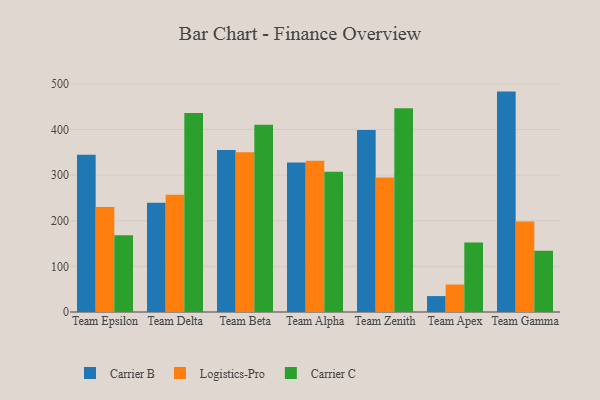
{"axis": {"x": "Team", "y": "Latency (ms)"}, "legend": ["Carrier B", "Carrier C", "Logistics-Pro"], "data": [{"x": "Team Epsilon", "y": 344.5, "type": "Carrier B"}, {"x": "Team Epsilon", "y": 230.3, "type": "Logistics-Pro"}, {"x": "Team Epsilon", "y": 168.4, "type": "Carrier C"}, {"x": "Team Delta", "y": 239.2, "type": "Carrier B"}, {"x": "Team Delta", "y": 256.8, "type": "Logistics-Pro"}, {"x": "Team Delta", "y": 436.0, "type": "Carrier C"}, {"x": "Team Beta", "y": 355.2, "type": "Carrier B"}, {"x": "Team Beta", "y": 350.3, "type": "Logistics-Pro"}, {"x": "Team Beta", "y": 410.5, "type": "Carrier C"}, {"x": "Team Alpha", "y": 327.9, "type": "Carrier B"}, {"x": "Team Alpha", "y": 331.8, "type": "Logistics-Pro"}, {"x": "Team Alpha", "y": 307.5, "type": "Carrier C"}, {"x": "Team Zenith", "y": 398.9, "type": "Carrier B"}, {"x": "Team Zenith", "y": 294.6, "type": "Logistics-Pro"}, {"x": "Team Zenith", "y": 446.4, "type": "Carrier C"}, {"x": "Team Apex", "y": 34.9, "type": "Carrier B"}, {"x": "Team Apex", "y": 60.3, "type": "Logistics-Pro"}, {"x": "Team Apex", "y": 152.3, "type": "Carrier C"}, {"x": "Team Gamma", "y": 483.1, "type": "Carrier B"}, {"x": "Team Gamma", "y": 198.5, "type": "Logistics-Pro"}, {"x": "Team Gamma", "y": 134.4, "type": "Carrier C"}]}